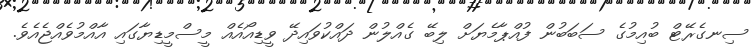
ސިނގެރޭޓް ބުއިމުގެ ސަބަބުން ފުއްޕާމެޔަށް ލިބޭ ގެއްލުން ދައްކުވައިދޭ ވީޑިއޯއެއް މީސްމީޑިޔާގައި އާއްމުވެއްޖެއެވެ.